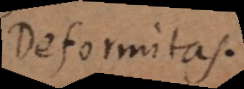
Deformitas.